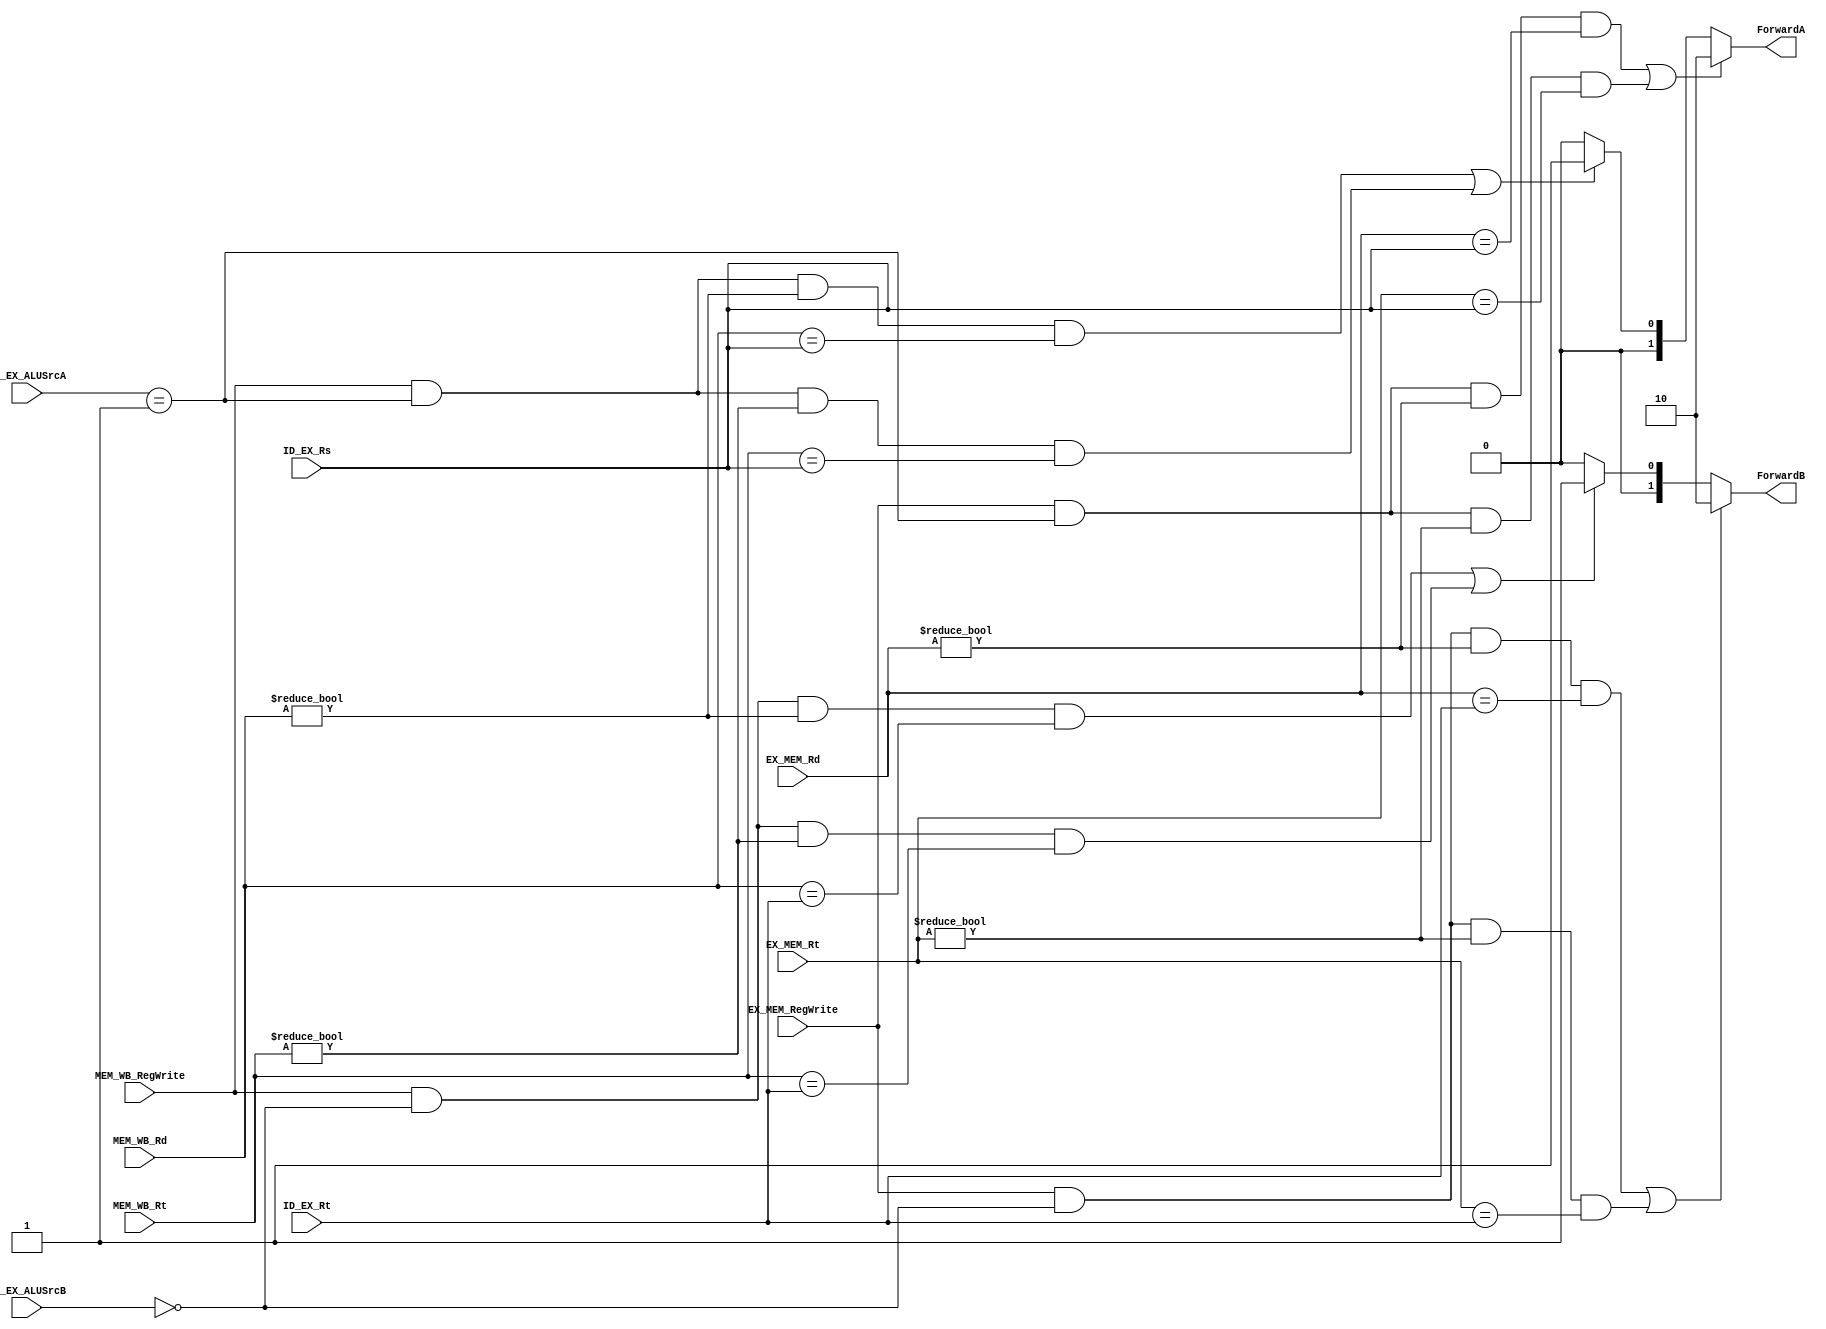
module Forwarding_unit(ID_EX_ALUSrcA, EX_MEM_RegWrite, ID_EX_ALUSrcB, MEM_WB_RegWrite, EX_MEM_Rt, EX_MEM_Rd, MEM_WB_Rt, MEM_WB_Rd, ID_EX_Rs, ID_EX_Rt, ForwardA, ForwardB);
	input [1:0] ID_EX_ALUSrcA;
	input EX_MEM_RegWrite;
	input [2:0] ID_EX_ALUSrcB;
	input MEM_WB_RegWrite;
	input [4:0] MEM_WB_Rt;
	input [4:0] MEM_WB_Rd;
	input [4:0] EX_MEM_Rt;
	input [4:0] EX_MEM_Rd;
	input [4:0] ID_EX_Rs;
	input [4:0] ID_EX_Rt;
	output reg [1:0] ForwardA;
	output reg [1:0] ForwardB;
	
	always@(*)
		begin
		$display("EX_MEM_RegWrite = %x    ID_EX_ALUSrcA = %x  MEM_WB_RegWrite = %x    EX_MEM_Rt = %x    ID_EX_Rs = %x", EX_MEM_RegWrite, ID_EX_ALUSrcA, MEM_WB_RegWrite, EX_MEM_Rt, ID_EX_Rs);
		if((EX_MEM_RegWrite && (ID_EX_ALUSrcA == 2'b01) && (EX_MEM_Rd != 5'd0) && (EX_MEM_Rd == ID_EX_Rs)) || (EX_MEM_RegWrite && (ID_EX_ALUSrcA == 2'b01) && (EX_MEM_Rt != 5'd0) && (EX_MEM_Rt == ID_EX_Rs)))
			begin
			ForwardA = 2'b10;
			end
		else if((MEM_WB_RegWrite && (ID_EX_ALUSrcA == 2'b01) && (MEM_WB_Rd != 5'd0) && (MEM_WB_Rd == ID_EX_Rs)) || (MEM_WB_RegWrite && (ID_EX_ALUSrcA == 2'b01) && (MEM_WB_Rt != 5'd0) && (MEM_WB_Rt == ID_EX_Rs)))
			begin
			ForwardA = 2'b01;
			end
		else
			begin
			ForwardA = 2'b00;
			end
		$display("ForwardA = %x", ForwardA);
		end
		
	always@(*)
		begin
		$display("EX_MEM_RegWrite = %x    ID_EX_ALUSrcB = %x  MEM_WB_RegWrite = %x    EX_MEM_Rt = %x    EX_MEM_Rd = %x    ID_EX_Rt = %x", EX_MEM_RegWrite, ID_EX_ALUSrcB, MEM_WB_RegWrite, EX_MEM_Rt, EX_MEM_Rd, ID_EX_Rt);
		if((EX_MEM_RegWrite && (ID_EX_ALUSrcB == 3'b00) && (EX_MEM_Rd != 5'd0) && (EX_MEM_Rd == ID_EX_Rt))  || (EX_MEM_RegWrite && (ID_EX_ALUSrcB == 3'b00) && (EX_MEM_Rt != 5'd0) && (EX_MEM_Rt == ID_EX_Rt)))
			begin
			ForwardB = 2'b10;
			end
		else if((MEM_WB_RegWrite && (ID_EX_ALUSrcB == 3'b00) && (MEM_WB_Rd != 5'd0) && (MEM_WB_Rd == ID_EX_Rt)) || (MEM_WB_RegWrite && (ID_EX_ALUSrcB == 3'b00) && (MEM_WB_Rt != 5'd0) && (MEM_WB_Rt == ID_EX_Rt)))
			begin
			ForwardB = 2'b01;
			end
		else
			begin
			ForwardB = 2'b00;
			end
		$display("ForwardB = %x", ForwardB);
		end
endmodule